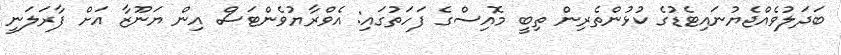
ބަދަލުވެއްޖެޔުނައިޓެޑުގެ ކުޅުންތެރިން ތިބީ މޮއިސްގެ ފަހަތުގައި: އެވްރާޔުވެންޓަސް އިން ޔަނޫޒާ އަށް ފާރަލަނީ